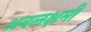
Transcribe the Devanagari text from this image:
अनलक्षमी